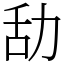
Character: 㔚